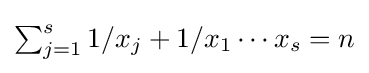
{\textstyle \sum _{j=1}^{s}1/x_{j}+1/x_{1}\cdots x_{s}=n}